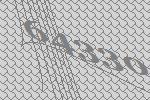
64330